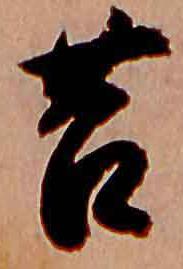
苔